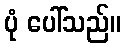
ပုံ ပေါ်သည်။